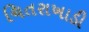
ચિતરાખાડી